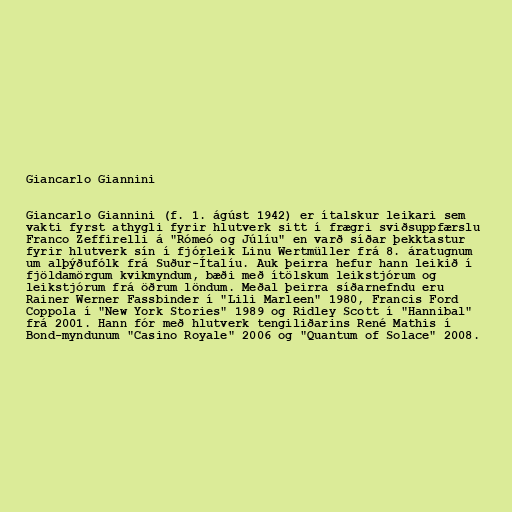
Giancarlo Giannini

Giancarlo Giannini (f. 1. ágúst 1942) er ítalskur leikari sem
vakti fyrst athygli fyrir hlutverk sitt í frægri sviðsuppfærslu
Franco Zeffirelli á "Rómeó og Júlíu" en varð síðar þekktastur
fyrir hlutverk sín í fjórleik Linu Wertmüller frá 8. áratugnum
um alþýðufólk frá Suður-Ítalíu. Auk þeirra hefur hann leikið í
fjöldamörgum kvikmyndum, bæði með ítölskum leikstjórum og
leikstjórum frá öðrum löndum. Meðal þeirra síðarnefndu eru
Rainer Werner Fassbinder í "Lili Marleen" 1980, Francis Ford
Coppola í "New York Stories" 1989 og Ridley Scott í "Hannibal"
frá 2001. Hann fór með hlutverk tengiliðarins René Mathis í
Bond-myndunum "Casino Royale" 2006 og "Quantum of Solace" 2008.